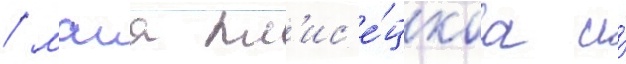
/ маия пл'ис'е́цкаа и́